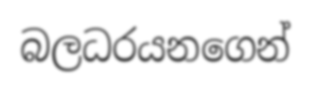
බලධරයනගෙන්